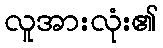
လူအားလုံး၏